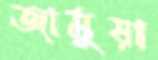
জামুয়া